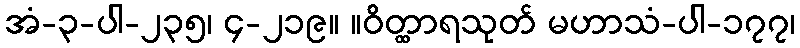
အံ-၃-ပါ-၂၃၅၊ ၄-၂၁၉။ ။ဝိတ္ထာရသုတ် မဟာသံ-ပါ-၁၇၇၊